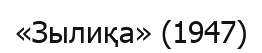
«Зылиқа» (1947)